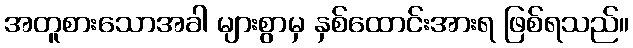
အတူစားသောအခါ များစွာမှ နှစ်ထောင်းအားရ ဖြစ်ရသည်။